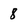
Character: 8